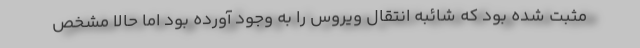
مثبت شده بود که شائبه انتقال ویروس را به وجود آورده بود اما حالا مشخص